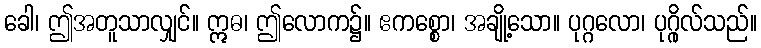
ခေါ၊ ဤအတူသာလျှင်။ ဣဓ၊ ဤလောက၌။ ဧကစ္စော၊ အချို့သော။ ပုဂ္ဂလော၊ ပုဂ္ဂိုလ်သည်။